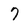
Character: 7